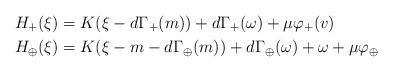
LaTeX: \begin{align*}H_{+}(\xi)&=K(\xi-d\Gamma_+(m))+d\Gamma_+(\omega)+\mu\varphi_+(v)\\H_{\oplus}(\xi)&=K(\xi-m-d\Gamma_{\oplus}(m))+d\Gamma_{\oplus}(\omega)+\omega +\mu\varphi_{\oplus}\end{align*}